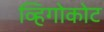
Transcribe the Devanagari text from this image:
व्हिगोकोट